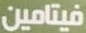
فيتامين